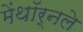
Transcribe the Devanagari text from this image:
मेंथॉर्नले